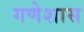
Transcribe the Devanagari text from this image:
गणेशास